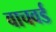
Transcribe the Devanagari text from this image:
वाचवर्ड